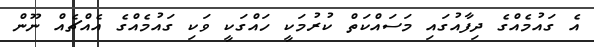
އެ ގައުމެއްގެ ދިފާއުގައި މަސައްކަތް ކުރުމަކީ ހައްގަކީ ވަކި ގައުމެއްގެ އެއްޗެއް ނޫން